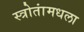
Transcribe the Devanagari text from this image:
स्त्रोतांमधला